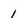
Character: i